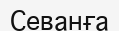
Севанға